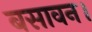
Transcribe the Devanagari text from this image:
बसावन।